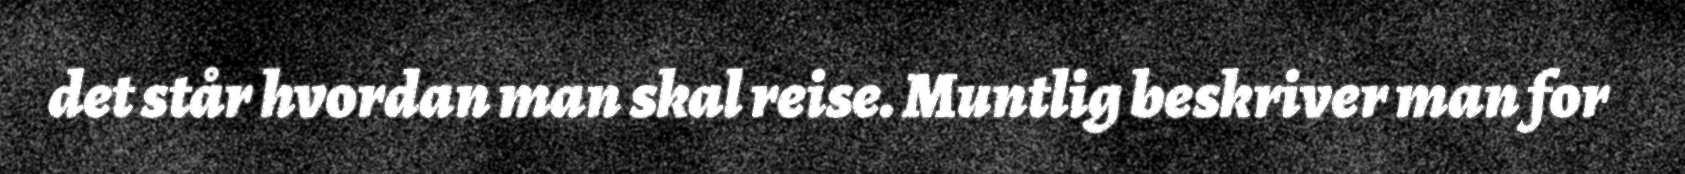
det står hvordan man skal reise. Muntlig beskriver man for